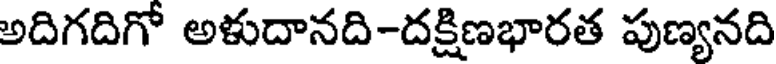
అదిగదిగో అళుదానది-దక్షిణభారత పుణ్యనది